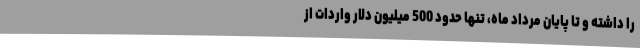
را داشته و تا پایان مرداد ماه، تنها حدود 500 میلیون دلار واردات از